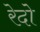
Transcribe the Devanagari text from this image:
रेदो